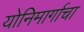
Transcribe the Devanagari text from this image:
योनिमार्गाचा